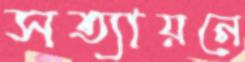
সত্যায়নে